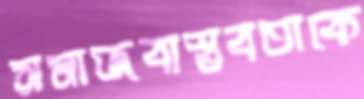
সমাজবাস্তবতাকে